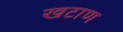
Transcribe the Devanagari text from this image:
खटाण